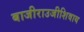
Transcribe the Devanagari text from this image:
बाजीराउजीशिवाय